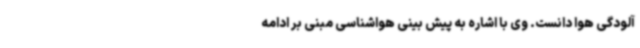
آلودگی هوا دانست. وی با اشاره به پیش بینی هواشناسی مبنی بر ادامه